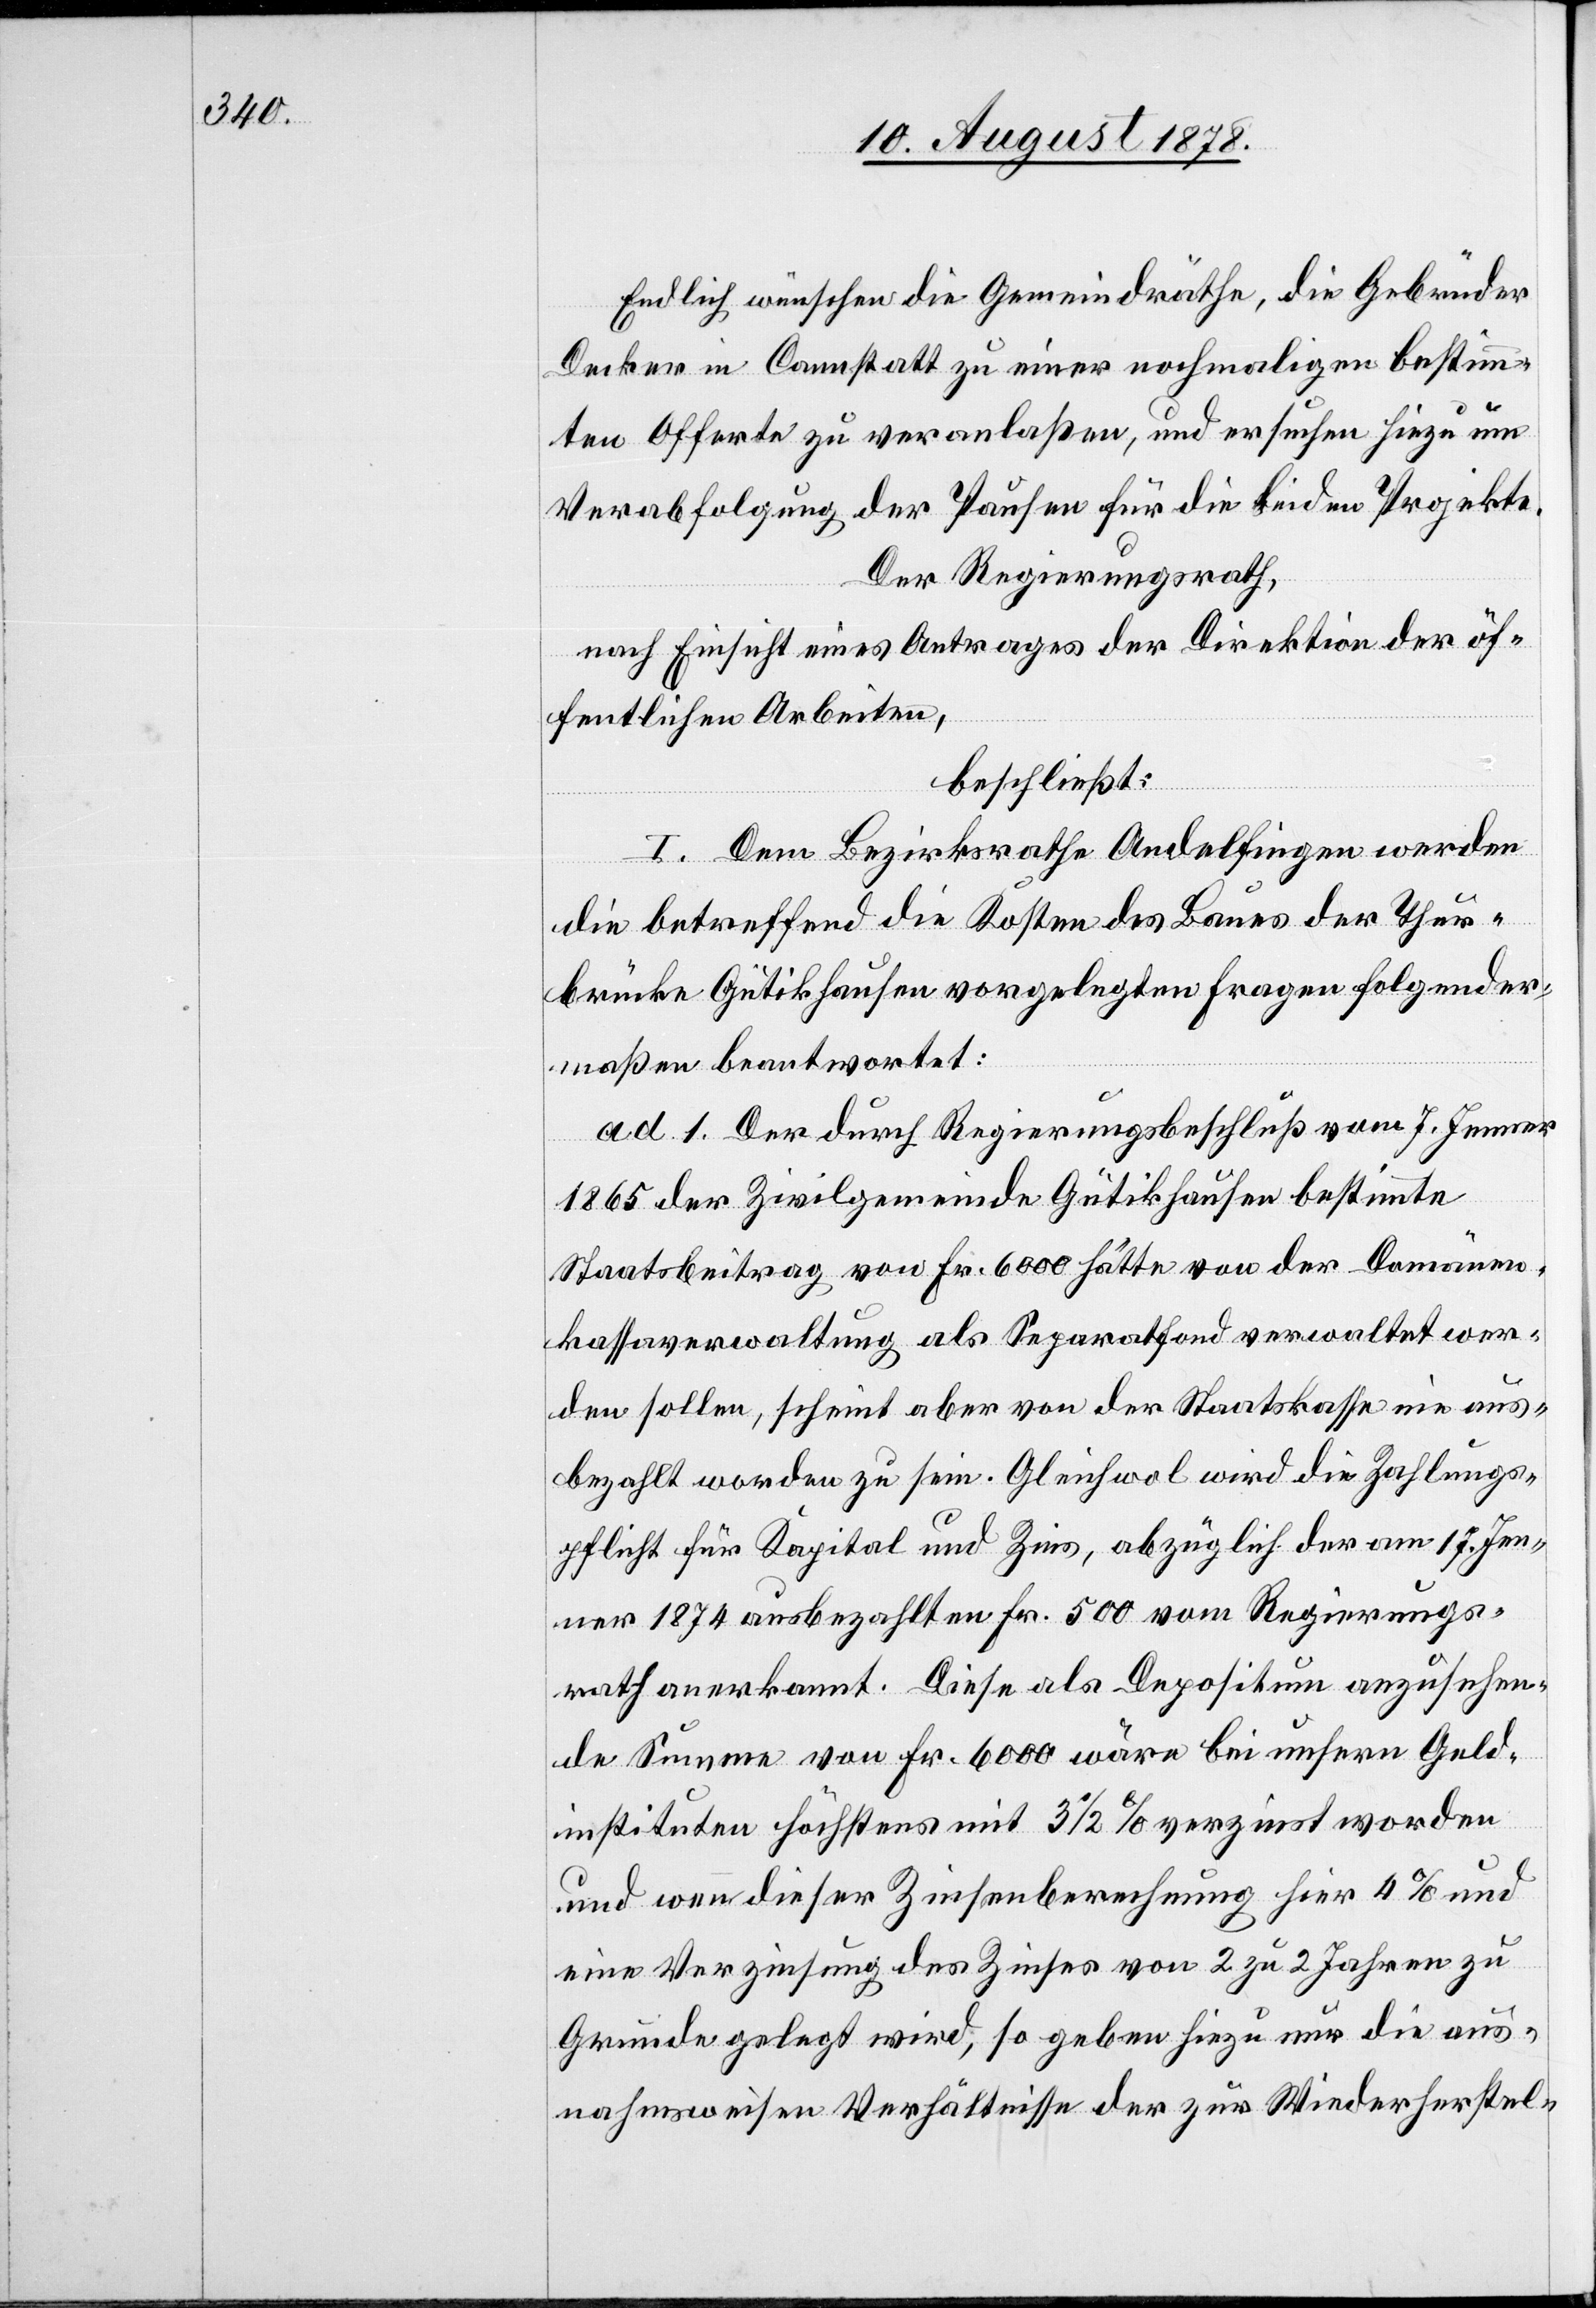
Endlich wünschen die Gemeindräthe, die Gebrüder
Decker in Cannstatt zu einer nochmaligen bestimm¬
ten Offerte zu veranlaßen, und ersuchen hiezu um
Verabfolgung der Pausen für die beiden Projekte.
Der Regierungsrath,
nach Einsicht eines Antrages der Direktion der öf¬
fentlichen Arbeiten,
beschließt:
I. Dem Bezirksrathe Andelfingen werden
die betreffend die Kosten des Baues der Thur¬
brücke Gütikhausen vorgelegten Fragen folgender¬
maßen beantwortet:
ad. 1. Der durch Regierungsbeschluß vom 7. Jenner
1865 der Zivilgemeinde Gütikhausen bestimmte
Staatsbeitrag von Fr. 6000 hätte von der Domäne¬
kasseverwaltung als Separatfond verwaltet wer¬
den sollen, scheint aber von der Staatskasse nie aus¬
bezahlt worden zu sein. Gleichwol wird die Zahlungs¬
pflicht für Kapital und Zins, abzüglich der am 17. Jen¬
ner 1874 ausbezahlten Fr. 500 vom Regierungs¬
rath anerkannt. Diese als Depositum anzusehen¬
de Summe von Fr. 6000 wäre bei unsern Geld¬
instituten höchstens mit 3 1/2% verzinst worden
und wenn dieser Zinsberechnung hier 4% und
eine Verzinsung des Zinses von 2 zu 2 Jahren zu
Grunde gelegt wird, so geben hiezu nur die aus¬
nahmsweisen Verhältnisse der zur Wiederherstel-